Vaccination report Assam 1874-1896 - 1874-1896
Year: 1874
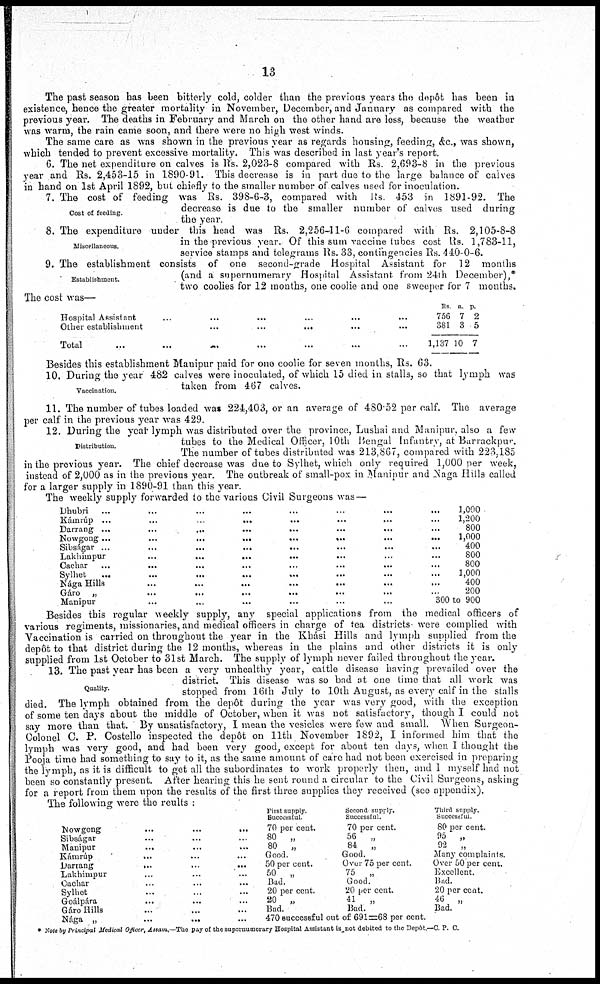
13
The past season has been bitterly cold, colder than the previous years the depôt has been in
existence, hence the greater mortality in November, December, and January as compared with the
previous year. The deaths in February and March on the other hand are loss, because the weather
was warm, the rain came soon, and there were no high west winds.
The same care as was shown in the previous year as regards housing , feeding, &c., was shown,
which tended to prevent excessive mortality. This was described in last year's report.
6. The net expenditure on calves is Rs. 2,023-8 compared with Rs 2,693-8 in the previous
year and Rs. 2,453-15 in 1890-91. This decrease is in part due to the large balance of calves
in hand on 1st April 1892, but chiefly to the smaller number of calves used for inoculation.
Cost of feeding
7. The cost of feeding was Rs. 398-6-3, compared with Rs. 453 in 1891-92. The
decrease is due to the smaller number of calves used during
the year.
Miscellaneous.
8. The expenditure under this head was Rs. 2,256-11-6 compared with Rs. 2,105-8-8
in the previous year. Of this sum vaccine tubes cost Rs. 1,783-11,
service stamps and telegrams Rs. 33, contingencies Rs. 440-0-6.
Establishment.
9. The establishment consists of one second-grade Hospital Assistant for 12 months
(and a supernumerary Hospital Assistant from 24th December),*
two coolies for 12 months, one coolie and one sweeper for 7 months.
The cost was—
Hospital Assistant ... ... ... ... ...
Other establishment
...
...
... ... ...
Total ... ... ... ... ... ... ...
Rs
756
381
1,137
a
7
3
10
p.
2
5
7
Besides this establishment Manipur paid for one coolie for seven months, Rs. 63.
Vaccination.
10. During the year 482 calves were inoculated, of which 15 died in stalls, so that lymph was
taken from 467 calves.
11. The number of tubes loaded was 224,403, or an average of 480.52 per calf. The average
per calf in the previous year was 429.
Distribution.
12. During the year lymph was distributed over the province, Lushai and Manipur, also a few
tubes to the Medical Officer, 10th Bengal Infantry, at Barrackpur.
The number of tubes distributed was 213,867, compared with 223,185
in the previous year. The chief decrease was due to Sylhet, which only required 1,000 per week,
instead of 2,000 as in the previous year. The outbreak of small-pox in Manipur and Naga Hills called
for a larger supply in 1890-91 than this year.
The weekly supply forwarded to the various Civil Surgeons was—
Dhubri ... ... ... ... ... ...
Kámrúp ...
...
..
... ... ...
Darrang ...
...
...
...
... ...
Nowgong...
...
...
...
...
... ...
Sibságar ...
...
...
... ...
Lakhimpur
...
...
...
... ... ...
Cachar ...
...
... ... ... ...
Sylhet
...
...
...
...
...
Nága Hills ... ... ... ... ...
Gáro „ ... ... ... ... ... ...
Manipur ... ... ... ... ...
1,000
1,200
800
1,000
400
800
800
1,000
400
200
300 to 900
Besides this regular weekly supply, any special applications from the medical officers of
various regiments, missionaries, and medical officers in charge of tea districts were complied with
Vaccination is carried on throughout the year in the Khási Hills and lymph supplied from the
depôt to that district during the 12 months, whereas in the plains and other districts it is only
supplied from 1st October to 31st March. The supply of lymph never failed throughout the year.
Quality.
13. The past year has been a very unhealthy year, cattle disease having prevailed over the
district. This disease was so bad at one time that all work was
stopped from 16th July to 10th August, as every calf in the stalls
died. The lymph obtained from the depôt during the year was very good, with the exception
of some ten days about the middle of October, when it was not satisfactory, though I could not
say more than that. By unsatisfactory, I mean the vesicles were few and small. When Surgeon-
Colonel C. P. Costello inspected the depôt on 11th November 1892, I informed him that the
lymph was very good, and had been very good, except for about ten days, when I thought the
Pooja time had something to say to it, as the same amount of care had not been exercised in preparing
the lymph, as it is difficult to get all the subordinates to work properly then, and I myself had not
been so constantly present. After hearing this he sent round a circular to the Civil Surgeons, asking
for a report from them upon the results of the first three supplies they received (see appendix).
The following were the reults :
Nowgong
...
...
...
Sibságar ... ... ...
Manipur ... ... ...
Kámrúp
... ... ...
Darrang
...
...
...
Lakhimpur ... ... ...
Cachar ... ... ...
Sylhet ... ... ...
Goálpára ... ... ...
Gáro Hills ... ... ...
Nága „ ... ... ...
First supply.
Successful
70 per cent.
80 „
80 „
Good.
50 per cent.
50 „
Bad.
20 per cent.
20 „
Bad.
Second supply.
Successful.
70 per cent.
56 „
84 „
Good.
Over 75 per cent.
75 „
Good.
20 per cent.
41 „
Bad.
470 successful out of 691=68 per cent.
Third supply.
Successful
80 per cent.
95 „
92 „
Many complaints.
Over 50 per cent.
Excellent.
Bad.
20 per cent.
46 „
Bad.
* Note by Principal Medical Officer, Assam.—The pay of the supernumerary Hospital Assistant is not debited to the Depôt.—C. P. C.